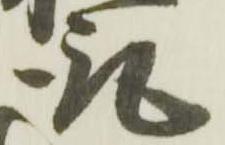
取